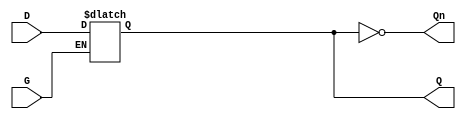
module dual_input_gated_latch (
    input wire D,  // Data Input
    input wire G,  // Gating Signal
    output reg Q,  // Output
    output wire Qn // Inverted Output
);

// Inverted output Qn
assign Qn = ~Q;

// Always block to implement the latch functionality
always @(*) begin
    if (G) begin
        Q = D;  // When G is high, output Q follows input D
    end
    // When G is low, Q retains its last state (holding state)
end

endmodule